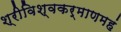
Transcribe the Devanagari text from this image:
श्रीविश्वकर्माणमहं